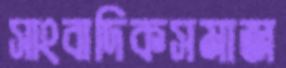
সাংবাদিকসমাজ